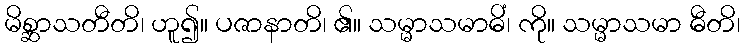
မိစ္ဆာသတီတိ၊ ဟူ၍။ ပဇာနာတိ၊ ၏။ သမ္မာသမာဓိံ၊ ကို။ သမ္မာသမာ ဓီတိ၊